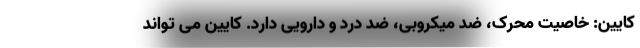
کایین: خاصیت محرک، ضد میکروبی، ضد درد و دارویی دارد. کایین می تواند